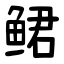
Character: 鲪